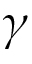
\gamma